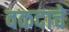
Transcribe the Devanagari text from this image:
वकदाचे